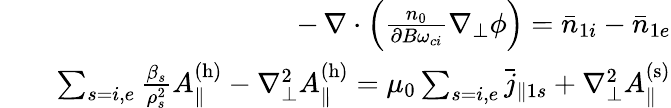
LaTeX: \begin{array}{rlr}&{}&{\, -\, \nabla\cdot\left(\frac{n_{0}}{\partial B\omega_{ci}}\nabla_{\perp}\phi\right)=\bar{n}_{1i}-\bar{n}_{1e}}\\ &{}&{\sum_{s=i,e}\frac{\beta_{s}}{\rho_{s}^{2}}A_{\| }^{\mathrm{(h)}}-\nabla_{\perp}^{2}A_{\| }^{\mathrm{(h)}}=\mu_{0}\sum_{s=i,e}\bar{j}_{\| 1s}+\nabla_{\perp}^{2}A_{\| }^{\mathrm{(s)}}}\end{array}